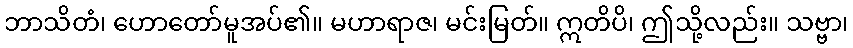
ဘာသိတံ၊ ဟောတော်မူအပ်၏။ မဟာရာဇ၊ မင်းမြတ်။ ဣတိပိ၊ ဤသို့လည်း။ သဗ္ဗာ၊